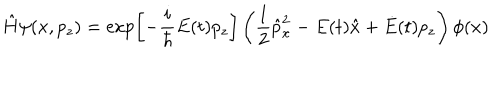
LaTeX: \hat { H } \psi ( x , p _ { z } ) = \exp \left[ - \frac { i } { \hbar } E ( t ) p _ { z } \right] \left( \frac { 1 } { 2 } \hat { p } _ { x } ^ { 2 } - E ( t ) \hat { x } + \dot { E } ( t ) p _ { z } \right) \phi ( x )